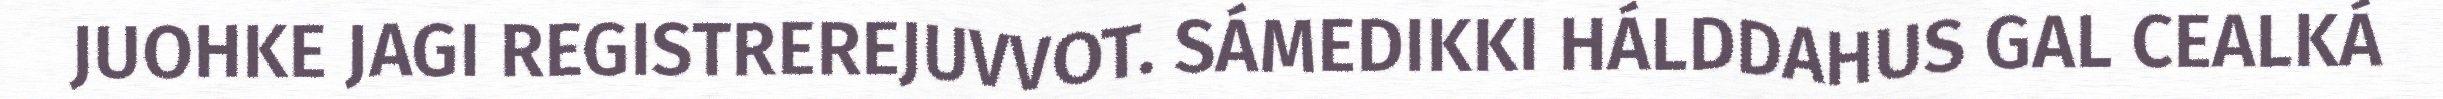
JUOHKE JAGI REGISTREREJUVVOT. SÁMEDIKKI HÁLDDAHUS GAL CEALKÁ